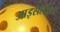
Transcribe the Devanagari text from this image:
आइसलैंड्स